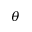
\theta